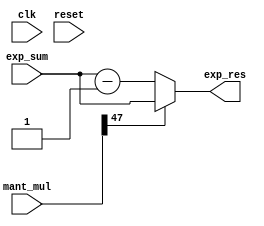
module exp_corr (
    input clk, reset,
    input  [47:0] mant_mul,
    input  [7:0] exp_sum,
    output [7:0] exp_res
);

assign exp_res = (mant_mul[47] == 1) ? exp_sum : exp_sum - 1;

endmodule